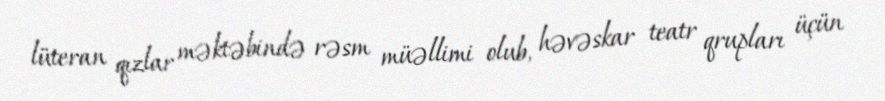
lüteran qızlar məktəbində rəsm müəllimi olub, həvəskar teatr qrupları üçün